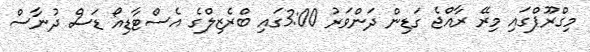
މިގްރޫޕްގައި މިރޭ ރާއްޖެ ގަޑިން ދަންވަރު 3:00ގައި ބްރެޒިލްގެ އެސްޓާޑިއޯ ޑަސް ދުނާސް